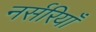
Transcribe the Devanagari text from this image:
नर्सरियाँ